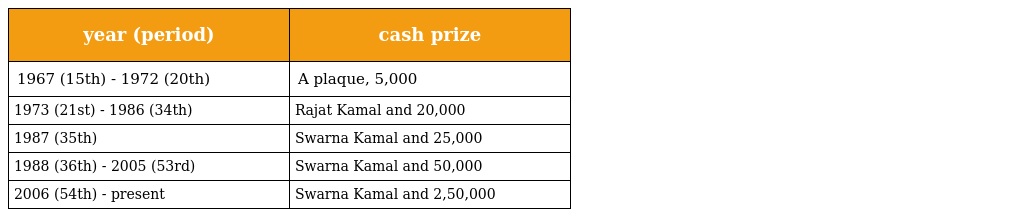
| year (period) | cash prize |
 | --- | --- |
 | 1967 (15th) - 1972 (20th) | A plaque, 5,000 |
 | 1973 (21st) - 1986 (34th) | Rajat Kamal and 20,000 |
 | 1987 (35th) | Swarna Kamal and 25,000 |
 | 1988 (36th) - 2005 (53rd) | Swarna Kamal and 50,000 |
 | 2006 (54th) - present | Swarna Kamal and 2,50,000 |